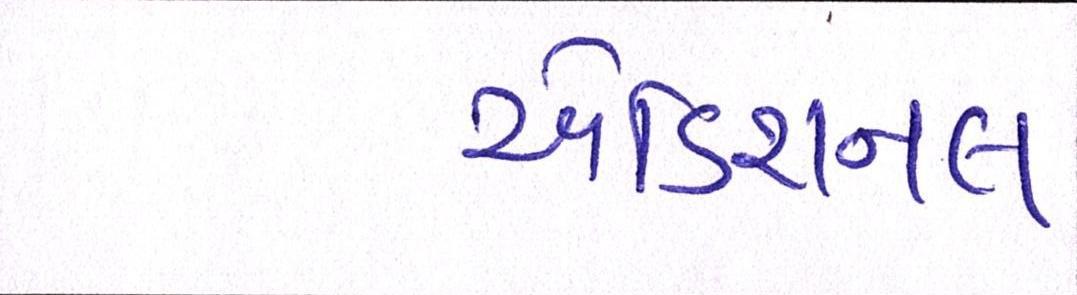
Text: એડિશનલ